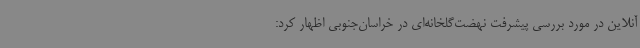
آنلاین در مورد بررسی پیشرفت نهضت‌گلخانه‌ای در خراسان‌جنوبی اظهار کرد: